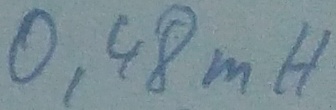
Text: 0,48mH